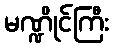
မဏ္ဍိုင်ကြီး